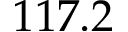
1 1 7 . 2